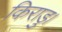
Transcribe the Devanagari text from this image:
किराडु।